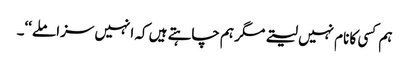
ہم کسی کا نام نہیں لیتے مگر ہم چاہتے ہیں کہ انہیں سزا ملے‘‘۔